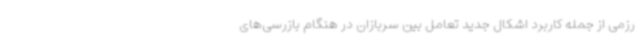
رزمی از جمله کاربرد اشکال جدید تعامل بین سربازان در هنگام بازرسی‌های